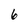
Character: 6